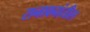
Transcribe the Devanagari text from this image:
रानावनांतील